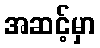
အဆင့်မှာ